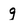
Character: g